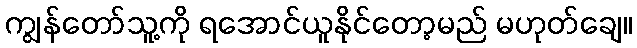
ကျွန်တော်သူ့ကို ရအောင်ယူနိုင်တော့မည် မဟုတ်ချေ။